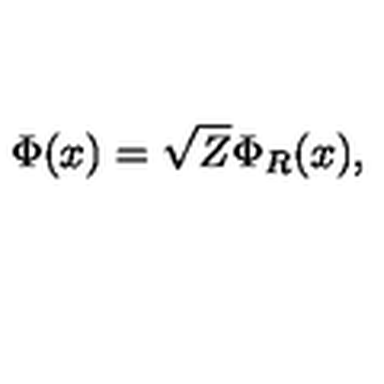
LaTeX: \Phi ( x ) = \sqrt { Z } \Phi _ { R } ( x ) ,